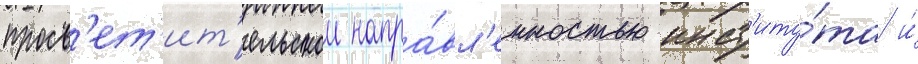
просв'ет'ит'ельскои напра́вл'енностью инст'иту́та и́